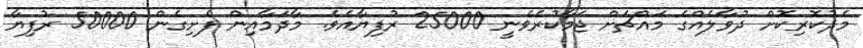
މެދުކޮރިކޮށް ދުވާލެއްގެ މައްޗަށް ޖަމާކުރެވެނީ 25000 ރުފިޔާއެވެ. މާދަމާއިން ފެށިގެން 50000 ރުފިޔާ